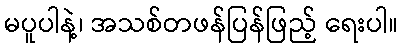
မပူပါနဲ့၊ အသစ်တဖန်ပြန်ဖြည့် ရေးပါ။